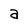
Character: a